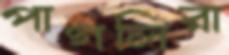
পাগলিরা